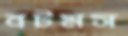
বটমস